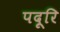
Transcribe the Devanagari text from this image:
पदूरि